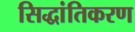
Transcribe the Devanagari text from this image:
सिद्धांतिकरण